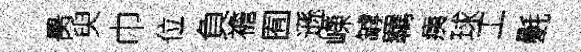
昺臾巾位負襜囿遜嶸罅羈痍球工氎